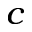
^ { c }